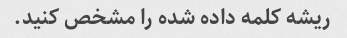
ریشه کلمه داده شده را مشخص کنید.